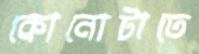
কোনোটাতে